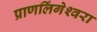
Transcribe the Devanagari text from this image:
प्राणलिंगेश्‍वरा